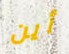
أين